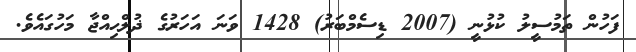
ފަހުން ތަމުސީލު ކުޅުނީ (2007 ޑިސެމްބަރު) 1428 ވަނަ އަހަރުގެ ޛުލްޙިއްޖާ މަހުގައެވެ.